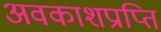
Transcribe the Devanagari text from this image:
अवकाशप्राप्ति